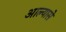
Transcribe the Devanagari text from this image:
आल्यासे